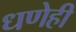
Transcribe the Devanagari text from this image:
धणेही